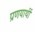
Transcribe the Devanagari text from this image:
प्रणयार्थी